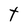
Character: t